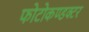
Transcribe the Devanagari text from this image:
फोटोकण्डक्टर